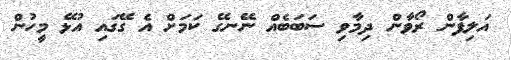
އަލިފާން ރޯވާން ދިމާވި ސަބަބެއް ނޭނގޭ ކަމަށް އެ ގޭގައި އުޅޭ މީހުން